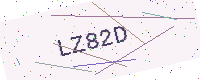
Text: LZ82D